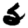
Digit: 5